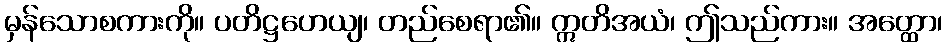
မှန်သောစကားကို။ ပတိဋ္ဌဟေယျ၊ တည်စေရာ၏။ ဣတိအယံ၊ ဤသည်ကား။ အတ္ထော၊